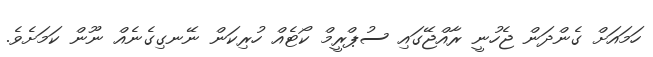
ހަމައަށް ގެންދަން ޖެހުނީ ރާއްޖޭގައި ސުޕްރީމް ކޯޓެއް ހުރިކަން ނޭނގިގެނެއް ނޫން ކަމަށެވެ.